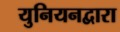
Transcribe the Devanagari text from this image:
युनियनद्वारा